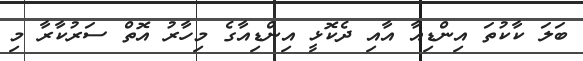
ބަލަ ކާކުތަ އިންޑިއާ އާއި ދެކޮޅީ އިންޑިއާގެ މިހާރު އޮތް ސަރުކާރާ މި